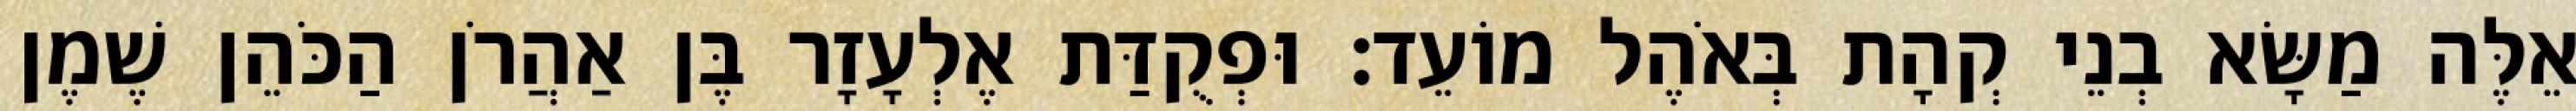
אֵלֶּה מַשָּׂא בְנֵי קְהָת בְּאֹהֶל מוֹעֵד׃ וּפְקֻדַּת אֶלְעָזָר בֶּן אַהֲרֹן הַכֹּהֵן שֶׁמֶן